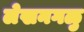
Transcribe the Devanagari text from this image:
लेखनगळु